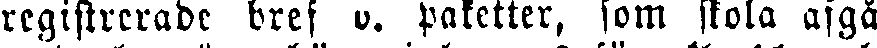
registrerade bref u. paketter, som skola afgå